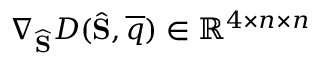
\nabla _ { \widehat { \mathbf { S } } } D ( \widehat { \mathbf { S } } , \overline { { q } } ) \in \mathbb { R } ^ { 4 \times n \times n }